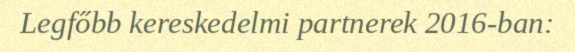
Legfőbb kereskedelmi partnerek 2016-ban: